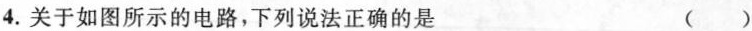
4. 关于如图所示的电路，下列说法正确的是 ()